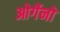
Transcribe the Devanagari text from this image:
ओर्गेनो